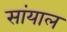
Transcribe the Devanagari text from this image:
सांयाल